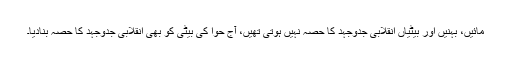
مائیں، بہنیں اور بیٹیاں انقلابی جدوجہد کا حصہ نہیں ہوتی تھیں، آج حوا کی بیٹی کو بھی انقلابی جدوجہد کا حصہ بنادیا۔